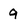
Character: 9